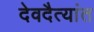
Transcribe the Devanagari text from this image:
देवदैत्यांत